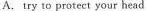
A.try to protect your head